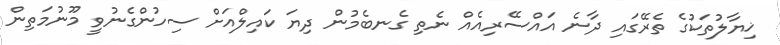
ޚިޔާލުތަކުގެ ތެރޭގައި ދާނެ އައްސޭރިއެއް ނެތި ގެނބެމުން ދިޔަ ކައިލްއަށް ސިހުންގެނުވީ މޫނުމަތިން